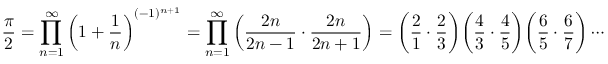
{ \frac { \pi } { 2 } } = \prod _ { n = 1 } ^ { \infty } \left( 1 + { \frac { 1 } { n } } \right) ^ { ( - 1 ) ^ { n + 1 } } = \prod _ { n = 1 } ^ { \infty } \left( { \frac { 2 n } { 2 n - 1 } } \cdot { \frac { 2 n } { 2 n + 1 } } \right) = { \biggl ( } { \frac { 2 } { 1 } } \cdot { \frac { 2 } { 3 } } { \biggr ) } { \biggl ( } { \frac { 4 } { 3 } } \cdot { \frac { 4 } { 5 } } { \biggr ) } { \biggl ( } { \frac { 6 } { 5 } } \cdot { \frac { 6 } { 7 } } { \biggr ) } \cdots